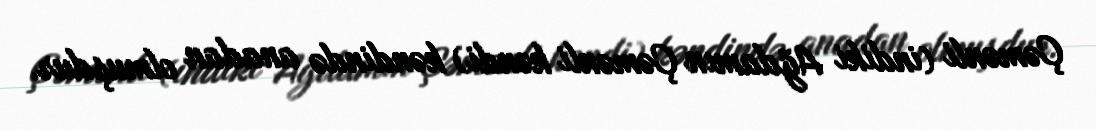
Çəmənli (indiki Ağdamın Çəmənli kəndi) kəndində anadan olmuşdur.